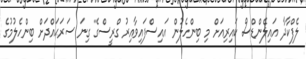
ލެފްކާދާ އައިލެންޑްސް ކައިރިއަށް މި ބިންހެލުން އައިސްފައިވާއިރު ގްރީސްގެ ގިނަ ސަރަޙައްދަށް ބިންހެލުމުގެ